Medical and sanitary report on the native army of Bombay for the year
Year: 1878
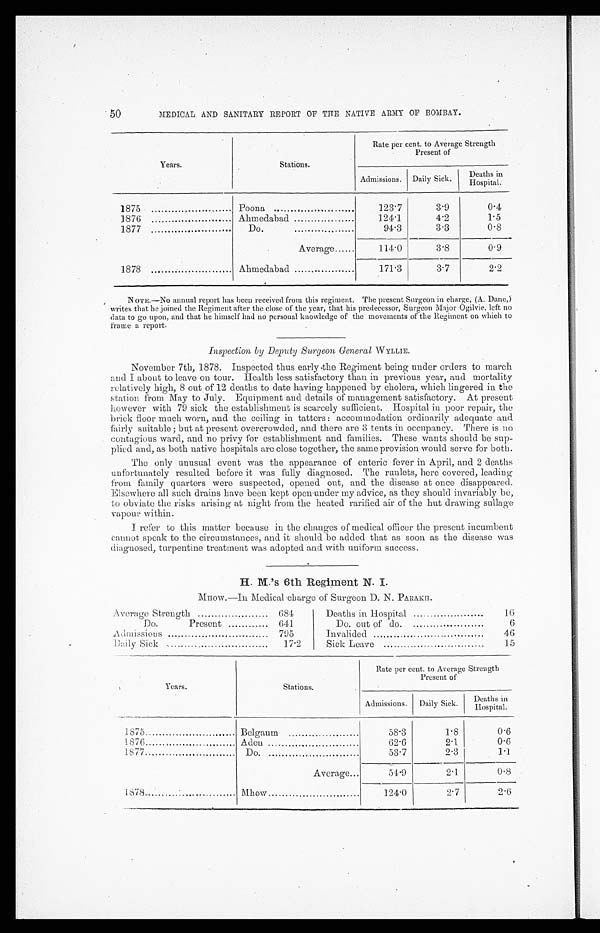
50
MEDICAL AND SANITARY REPORT OF THE NATIVE ARMY OF BOMBAY.
Years.
Stations.
Rate per cent. to Average Strength
Present of
Admissions. Daily Sick.
Deaths in
Hospital.
1875
Poona
123.7
3.9
0.4
1876
Ahmedabad
124. 1
4.2
1.5
1877
Do.
94.3
3.3
0.8
Average ......
114.0
3.8
0.9
1878 ...
Ahmedabad
171.3
3.7
2.2
NOTE.—No annual report has been received from this regiment. The present Surgeon in charge, (A. Dane,)
writes that he joined the Regiment after the close of the year, that his predecessor, Surgeon Major Ogilvie, left no
data to go upon, and that he himself had no personal knowledge of the movements of the Regiment on which to
frame a report.
Inspection by Deputy Surgeon General WYLLIE.
November 7th, 1878. Inspected thus early the Regiment being under orders to march
and I about to leave on tour. Health less satisfactory than in previous year, and mortality
relatively high, 8 out of 12 deaths to date having happened by cholera, which lingered in the
station from May to July. Equipment and details of management satisfactory. At present
however with 79 sick the establishment is scarcely sufficient. Hospital in poor repair, the
brick floor much worn, and the ceiling in tatters: accommodation ordinarily adequate and
fairly suitable ; but at present overcrowded, and there are 3 tents in occupancy. There is no
contagious ward, and no privy for establishment and families. These wants should be sup-
plied and, as both native hospitals are close together, the same provision would serve for both.
The only unusual event was the appearance of enteric fever in April, and 2 deaths
unfortunately resulted before it was fully diagnosed. The runlets, here covered, leading
from family quarters were suspected, opened out, and the disease at once disappeared.
Elsewhere all such drains have been kept open under my advice, as they should invariably be,
to obviate the risks arising at night from the heated rarified air of the hut drawing sullage
vapour within.
I refer to this matter because in the changes of medical officer the present incumbent
cannot speak to the circumstances, and it should be added that as soon as the disease was
diagnosed, turpentine treatment was adopted and with uniform success.
H.M.'s 6th Regiment N. I.
MHOW.—In Medical charge of Surgeon D. N. PARAKH.
Average Strength
684
Do.
Present
641
Admissions
795
Daily Sick
17.2
Deaths in Hospital
16
Do. out of do.
6
Invalided
46
Sick Leave
15
Years.
Stations.
Rate per cent. to Average Strength
Present of
Admissions.
Daily Sick.
Deaths in Hospital.
1875
Belgaum
58.3
1.8
0.6
1876
Aden
62.6
2.1
0.6
1877
Do.
53.7
2 .3
1.1
Average
54.9
2.1
0.8
1878 . . . . . . . . . . . . . . . . . . . . . . . . . . . . . .
Mhow
124.0
2. 7
2.6